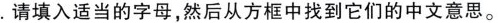
I.请填入适当的字母，然后从方框中找到它们的中文意思。